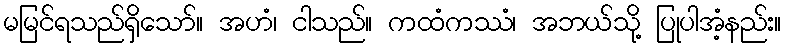
မမြင်ရသည်ရှိသော်။ အဟံ၊ ငါသည်။ ကထံကဿံ၊ အဘယ်သို့ ပြုပါအံ့နည်း။